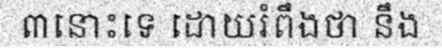
៣នោះទេ ដោយរំពឹងថា នឹង